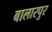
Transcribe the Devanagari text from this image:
बालारपुर